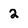
Character: 2